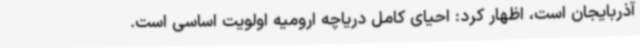
آذربایجان است، اظهار کرد: احیای کامل دریاچه ارومیه اولویت اساسی است.